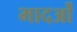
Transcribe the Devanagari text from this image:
मादओं